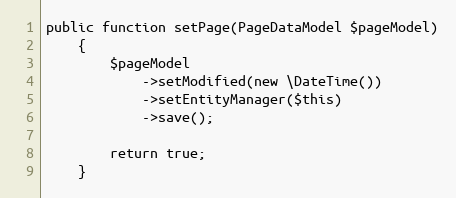
Language: PHP
public function setPage(PageDataModel $pageModel)
    {
        $pageModel
            ->setModified(new \DateTime())
            ->setEntityManager($this)
            ->save();

        return true;
    }